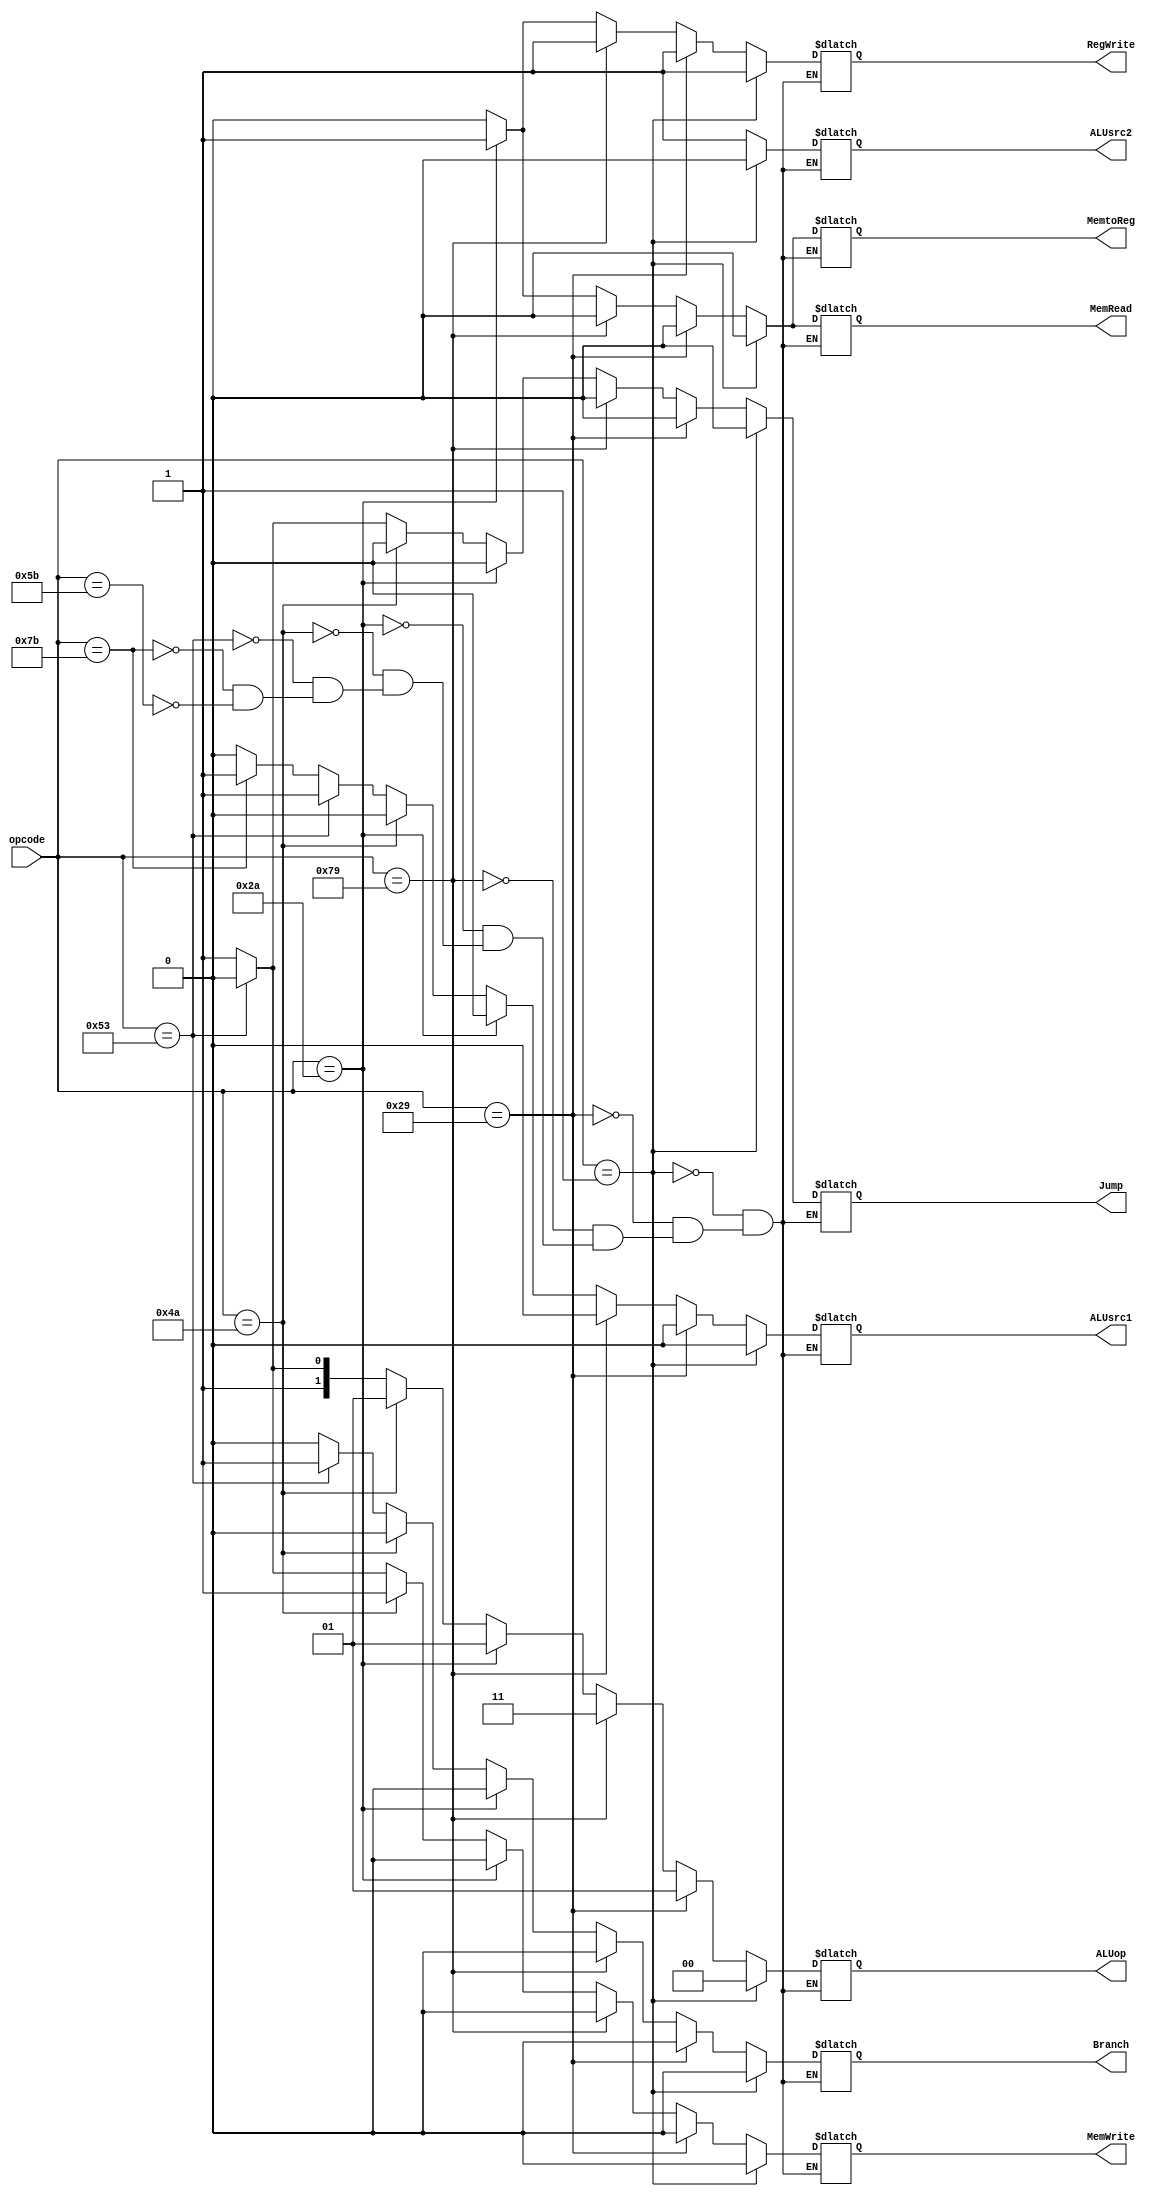
`timescale 1ns / 1ps
//////////////////////////////////////////////////////////////////////////////////
// Company: 
// Engineer: 
// 
// Design Name: 
// Module Name: CU
// Project Name: 
// Target Devices: 
// Tool Versions: 
// Description: 
// 
// Dependencies: 
// 
// Revision:
// Revision 0.01 - File Created
// Additional Comments:
// 
//////////////////////////////////////////////////////////////////////////////////


module  Control_Branch(input [6:0] opcode,
            //// opcode =>  controls enable
           output reg RegWrite, MemWrite, MemRead, MemtoReg, ALUsrc1, ALUsrc2, Branch,Jump,
           output reg [1:0] ALUop
            );
            
            
 
 
 always@* 
    begin
     /////R type//////
    if (opcode == 7'b0000001)
        begin
        ALUsrc1 <= 1'b0;
        ALUsrc2 <= 1'b0;
        MemtoReg <= 1'b0;
        RegWrite <= 1'b1;
        MemRead <= 1'b0;
        MemWrite <= 1'b0;
        Branch <= 1'b0;
        Jump <= 1'b0;
        ALUop <= 2'b00;
        end  
      /////R_immediate type//////
    else if (opcode == 7'b0101001)
        begin
        ALUsrc1 <= 1'b0;
        ALUsrc2 <= 1'b1;
        MemtoReg <= 1'b0;
        RegWrite <= 1'b1;
        MemRead <= 1'b0;
        MemWrite <= 1'b0;
        Branch <= 1'b0;
        Jump <= 1'b0;
        ALUop <= 2'b01;///00 bcz we dont hv func 7
        end
        
      /////Load_Upper_immediate type//////
    else if (opcode == 7'b1111001)
        begin
        ALUsrc1 <= 1'b0;
        ALUsrc2 <= 1'b1;
        MemtoReg <= 1'b0;
        RegWrite <= 1'b1;
        MemRead <= 1'b0;
        MemWrite <= 1'b0;
        Branch <= 1'b0;
        Jump <= 1'b0;
        ALUop <= 2'b11;///11 bcz we dont hv func 7 and func 3
        end
     
     
        /////load//////
    else if (opcode == 7'b0101010)
        begin
        ALUsrc1 <= 1'b0;
        ALUsrc2 <= 1'b1;
        MemtoReg <= 1'b1;
        RegWrite <= 1'b1;
        MemRead <= 1'b1;
        MemWrite <= 1'b0;
        Branch <= 1'b0;
        Jump <= 1'b0;
        ALUop <= 2'b01;
        end
        ///////store//////
    else if (opcode == 7'b1001010)
        begin
        ALUsrc1 <= 1'b0;
        ALUsrc2 <= 1'b1;
        MemtoReg <= 1'b0;
        RegWrite <= 1'b0;
        MemRead <= 1'b0;
        MemWrite <= 1'b1;
        Branch <= 1'b0;
        Jump <= 1'b0;
        ALUop <= 2'b01;
        end
        /////// branch_condition ///////
     else if (opcode == 7'b1010011)
        begin
        ALUsrc1 <= 1'b1;
        ALUsrc2 <= 1'b1;
        MemtoReg <= 1'b0;
        RegWrite <= 1'b0;
        MemRead <= 1'b0;
        MemWrite <= 1'b0;
        Branch <= 1'b1;
        Jump <= 1'b0;
        ALUop <= 2'b10;
        end
     
          
     /////// JAL ///////
     else if (opcode == 7'b1111011)
        begin
        ALUsrc1 <= 1'b1;
        ALUsrc2 <= 1'b1;
        MemtoReg <= 1'b0;
        RegWrite <= 1'b0;
        MemRead <= 1'b0;
        MemWrite <= 1'b1;
        Branch <= 1'b0;
        Jump <= 1'b1;
        ALUop <= 2'b11;
        end
        
     /////// JALR ///////
     else if (opcode == 7'b1011011)
        begin
        ALUsrc1 <= 1'b0;
        ALUsrc2 <= 1'b1;
        MemtoReg <= 1'b0;
        RegWrite <= 1'b0;
        MemRead <= 1'b0;
        MemWrite <= 1'b1;
        Branch <= 1'b0;
        Jump <= 1'b1;
        ALUop <= 2'b11;
        end
     
    end      
 
endmodule

/////////////////////////////////////////////////////
module imm_gen(input [31:0] instruction,

           // imm => load and store
            output reg [31:0] imm_extended );
reg [11:0] imm_12;
reg [19:0] imm_20;
always@* 
    begin
    if (instruction[6:5] == 2'b01)
        begin
        imm_12 = instruction[31:20];
        imm_extended = {{20{imm_12[11]}}, imm_12};
        end
    else if(instruction[6:5] == 2'b10)
        begin
        imm_12 = {instruction[31:25],instruction[11:7]};
        imm_extended = {{20{imm_12[11]}}, imm_12};
        end
    else if(instruction[6:5] == 2'b11)
        begin
        imm_20 = {instruction[31:12]};
        /////if jump and reg
        if (instruction[2:0] == 3'b011)
            begin
            imm_extended = {{12{imm_20[19]}},imm_20};
            end
        else if (instruction[2:0] == 3'b001)
            begin
            
            imm_extended = {imm_20, 12'b0};
            end
    
         end
   end
    
endmodule

module alu_control(input [31:0] instruction,
                   input [1:0] alu_op,
                   output reg [3:0] ALU_select , 
                   output reg [2:0] Branch_select);

reg [2:0] func3;
reg [6:0] func7;


always@*
    begin
    func3 = instruction[14:12];
    func7 = instruction[31:25];

    if (alu_op == 2'b00)
        begin
        
        if (func7 == 0)
            begin
            if (func3 == 0)
                begin
            ALU_select = 0;
                end  
            else if (func3 == 1)
                begin
            ALU_select = 1;
                end
            else if (func3 == 2)
                begin
            ALU_select = 2;
                end
            else if (func3 == 3)
                begin
            ALU_select = 3;
                end
            else if (func3 == 4)
                begin
            ALU_select = 4;
                end
            else if (func3 == 5)
                begin
            ALU_select = 5;
                end
            else if (func3 == 6)
                begin
            ALU_select = 6;
                end
            else if (func3 == 7)
                begin
            ALU_select = 7;
                end
            end
            
        
            
      else if (func7 == 32)
      begin
            if (func3 == 0)
                begin
            ALU_select = 8;
                end  
            else if (func3 == 1)
                begin
            ALU_select = 9;
                end
            else if (func3 == 2)
                begin
            ALU_select = 10;
                end
            else if (func3 == 3)
                begin
            ALU_select = 11;
                end
            else if (func3 == 4)
                begin
            ALU_select = 12;
                end
            else if (func3 == 5)
                begin
            ALU_select = 13;
                end
            else if (func3 == 6)
                begin
            ALU_select = 14;
                end
            else if (func3 == 7)
                begin
            ALU_select = 15;
                end
        end 
    end 
    else if (alu_op == 2'b01)
        begin
       if (func3 == 0)
                begin
            ALU_select = 0;
                end  
            else if (func3 == 1)
                begin
            ALU_select = 1;
                end
            else if (func3 == 2)
                begin
            ALU_select = 2;
                end
            else if (func3 == 3)
                begin
            ALU_select = 3;
                end
            else if (func3 == 4)
                begin
            ALU_select = 4;
                end
            else if (func3 == 5)
                begin
            ALU_select = 5;
                end
            else if (func3 == 6)
                begin
            ALU_select = 6;
                end
            else if (func3 == 7)
                begin
            ALU_select = 7;
                end
                
        end
    else if (alu_op == 2'b10)
        begin
        ALU_select = 0;
        if (func3 == 0)
            begin
            Branch_select = 0;
            end  
        else if (func3 == 1)
            begin
            Branch_select = 1;
            end
        else if (func3 == 2)
            begin
            Branch_select = 2;
            end
        else if (func3 == 3)
            begin
            Branch_select = 3;
            end
        else if (func3 == 4)
            begin
            Branch_select = 4;
            end
        else if (func3 == 5)
            begin
            Branch_select = 5;
            end
        else if (func3 == 6)
            begin
        Branch_select = 6;
            end
        else if (func3 == 7)
            begin
        Branch_select = 7;
            end
        end
    else if (alu_op == 2'b11)
        begin
        ALU_select = 0;
        end
end
      

 endmodule